Vaccine operations Central Provinces & Berar 1922-1929 - 1922-1929
Year: 1922
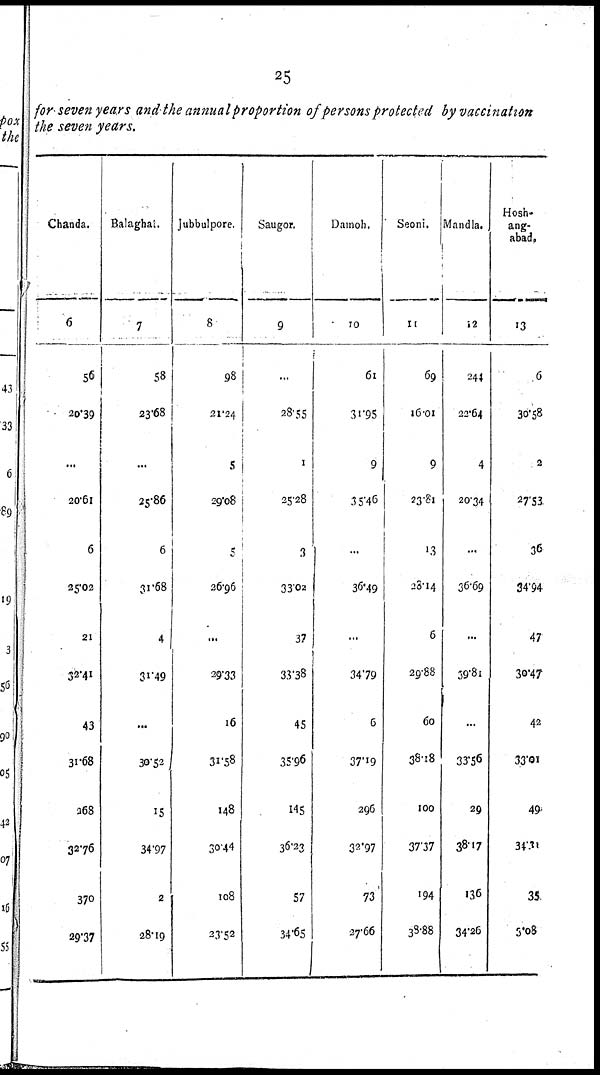
25
for seven years and the annual proportion of persons protected by vaccination
the seven years.
Chanda.
6
56
20.39
...
20.61
6
25.02
21
32.41
43
31.68
268
32.76
370
29.37
Balaghat.
7
58
23.68
...
25.86
6
31.68
4
31.49
...
30.52
15
34.97
2
28.19
Jubbulpore.
8
98
21.24
5
29.08
5
26.96
...
29.33
16
31.58
148
30.44
108
23.52
Saugor.
9
...
28.55
1
25.28
3
33.02
37
33.38
45
35.96
145
36.23
57
34.65
Damoh.
10
61
31.95
9
35.46
...
36.49
...
34.79
6
37.19
296
32.97
73
27.66
Seoni.
11
69
16.01
9
23.81
13
28.14
6
29.88
60
38.18
100
37.37
194
38.88
Mandla.
12
244
22.64
4
20.34
...
36.69
...
39.81
...
33.56
29
38.17
136
34.26
Hosh-
ang-
abad.
13
6
30.58
2
27.53
36
34.94
47
30.47
42
33.01
49
34.31
35
3.08